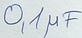
Text: 0,1µF